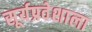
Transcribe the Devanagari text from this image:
सूर्यप्रवेशाला